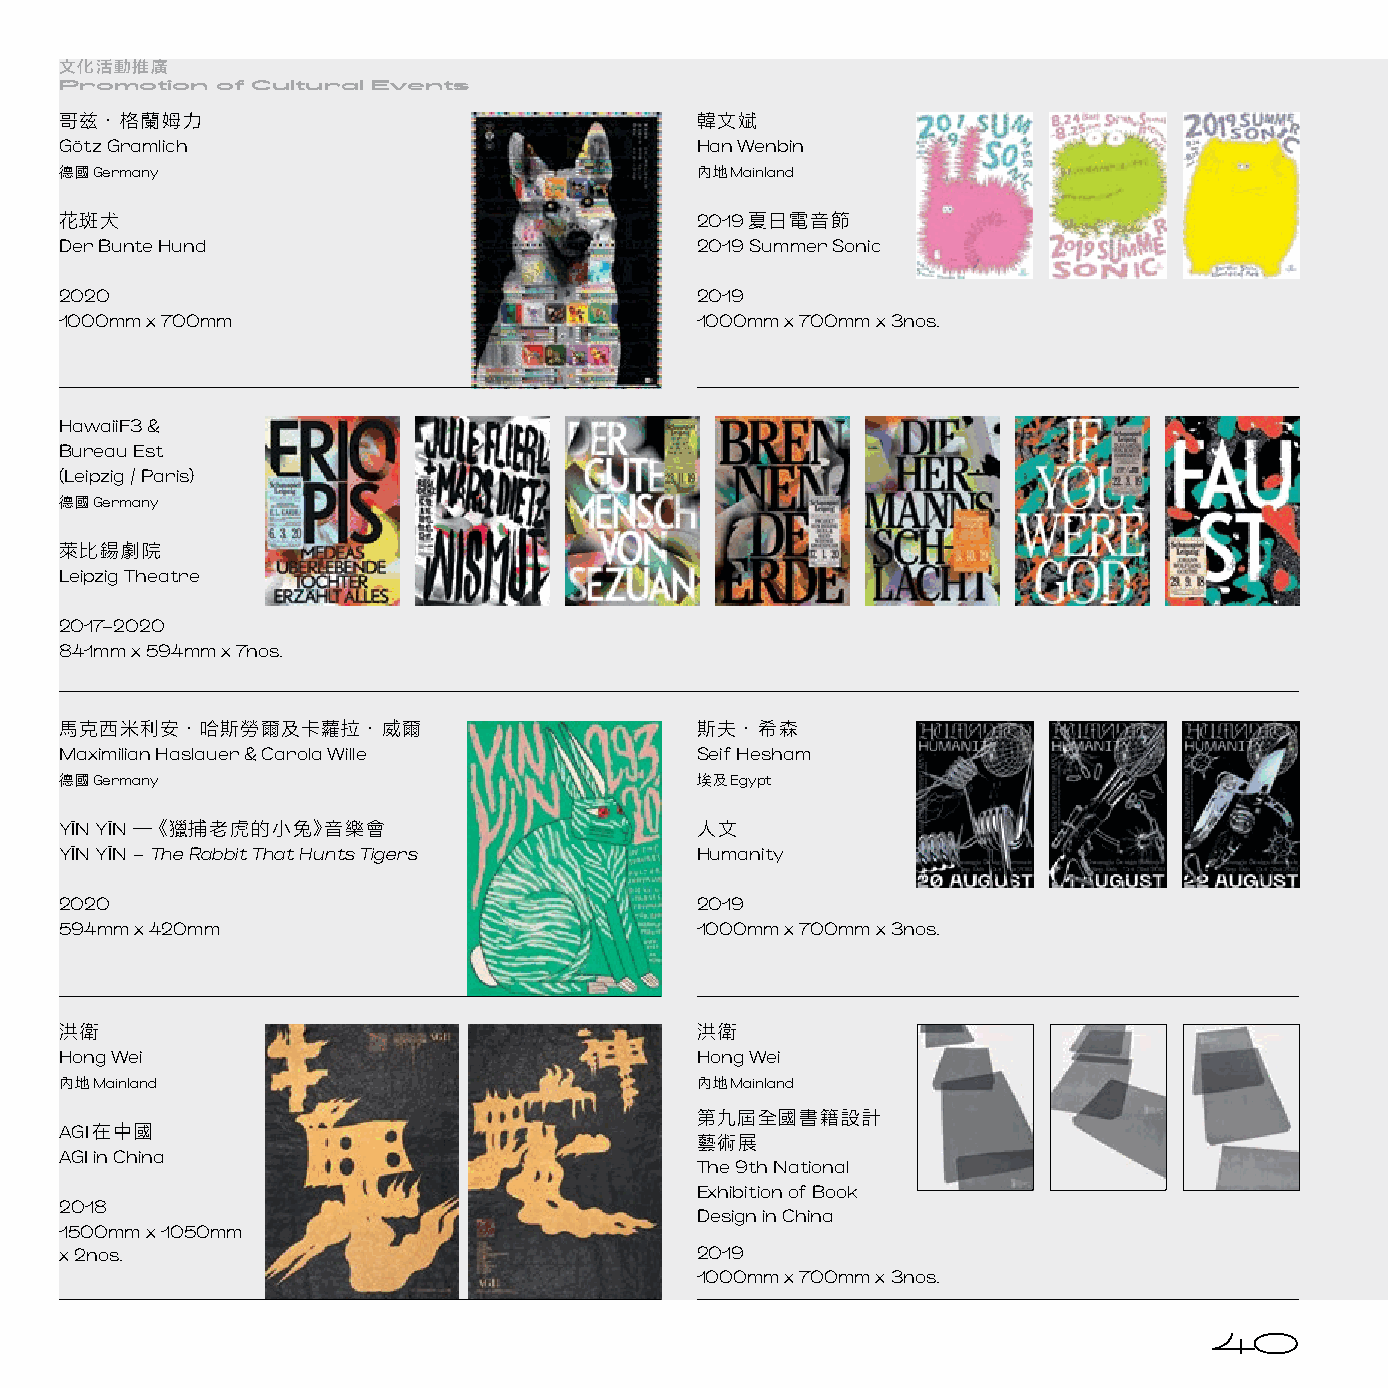
文化活動推廣
 Promotion of Cultural Events
 哥兹‧格蘭姆力                                   韓文斌
 Götz Gramlich                             Han Wenbin
 德國Germany                                 內地Mainland
 花斑犬                                       2019夏日電音節
 Der Bunte Hund                            2019 Summer Sonic
 2020                                      2019
 1000mm x 700mm                            1000mm x 700mm x 3nos.
 HawaiiF3 &
 Bureau Est
 (Leipzig / Paris)
 德國Germany
 萊比錫劇院
 Leipzig Theatre
 2017–2020
 841mm x 594mm x 7nos.
 馬克西米利安‧哈斯勞爾及卡蘿拉‧威爾                        斯夫‧希森
 Maximilian Haslauer & Carola Wille        Seif Hesham
 德國Germany                                 埃及Egypt
 YĪN YĪN — 獵捕老虎的小兔 音樂會                     人文
 《          》
 YĪN YĪN – The Rabbit That Hunts Tigers    Humanity
 2020                                      2019
 594mm x 420mm                             1000mm x 700mm x 3nos.
 洪衛                                        洪衛
 Hong Wei                                  Hong Wei
 內地Mainland                                內地Mainland
 第九屆全國書籍設計
 AGI在中國
 藝術展
 AGI in China
 The 9th National
 Exhibition of Book
 2018
 Design in China
 1500mm x 1050mm
 x 2nos.                                   2019
 1000mm x 700mm x 3nos.
 40